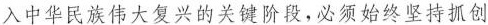
入中华民族伟大复兴的关键阶段，必须始终坚持抓创